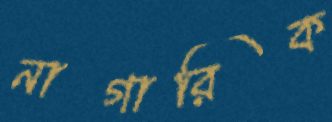
নাগারিক